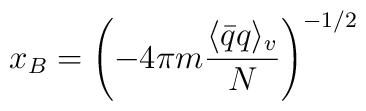
x_B = \left( - 4\pi m \frac{\langle \bar{q}q \rangle_v}{N}\right)^{-1/2}